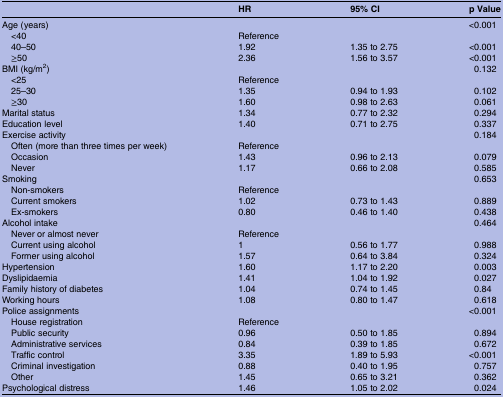
|  | HR | 95% CI | p Value |
 | --- | --- | --- | --- |
 | Age (years) |  |  | <0.001 |
 | <40 | Reference |  |  |
 | 40–50 | 1.92 | 1.35 to 2.75 | <0.001 |
 | ≥50 | 2.36 | 1.56 to 3.57 | <0.001 |
 | BMI (kg/m2) |  |  | 0.132 |
 | <25 | Reference |  |  |
 | 25–30 | 1.35 | 0.94 to 1.93 | 0.102 |
 | ≥30 | 1.60 | 0.98 to 2.63 | 0.061 |
 | Marital status | 1.34 | 0.77 to 2.32 | 0.294 |
 | Education level | 1.40 | 0.71 to 2.75 | 0.337 |
 | Exercise activity |  |  | 0.184 |
 | Often (more than three times per week) | Reference |  |  |
 | Occasion | 1.43 | 0.96 to 2.13 | 0.079 |
 | Never | 1.17 | 0.66 to 2.08 | 0.585 |
 | Smoking |  |  | 0.653 |
 | Non-smokers | Reference |  |  |
 | Current smokers | 1.02 | 0.73 to 1.43 | 0.889 |
 | Ex-smokers | 0.80 | 0.46 to 1.40 | 0.438 |
 | Alcohol intake |  |  | 0.464 |
 | Never or almost never | Reference |  |  |
 | Current using alcohol | 1 | 0.56 to 1.77 | 0.988 |
 | Former using alcohol | 1.57 | 0.64 to 3.84 | 0.324 |
 | Hypertension | 1.60 | 1.17 to 2.20 | 0.003 |
 | Dyslipidaemia | 1.41 | 1.04 to 1.92 | 0.027 |
 | Family history of diabetes | 1.04 | 0.74 to 1.45 | 0.84 |
 | Working hours | 1.08 | 0.80 to 1.47 | 0.618 |
 | Police assignments |  |  | <0.001 |
 | House registration | Reference |  |  |
 | Public security | 0.96 | 0.50 to 1.85 | 0.894 |
 | Administrative services | 0.84 | 0.39 to 1.85 | 0.672 |
 | Traffic control | 3.35 | 1.89 to 5.93 | <0.001 |
 | Criminal investigation | 0.88 | 0.40 to 1.95 | 0.757 |
 | Other | 1.45 | 0.65 to 3.21 | 0.362 |
 | Psychological distress | 1.46 | 1.05 to 2.02 | 0.024 |